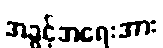
အခွင့်အရေးအား